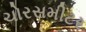
ચોરસમીટર